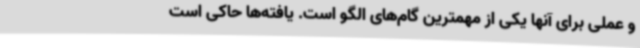
و عملی برای آنها یکی از مهمترین گام‌های الگو است. یافته‌ها حاکی است